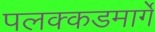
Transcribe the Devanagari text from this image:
पलक्कडमार्गे